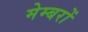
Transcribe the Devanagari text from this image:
मेम्बरों